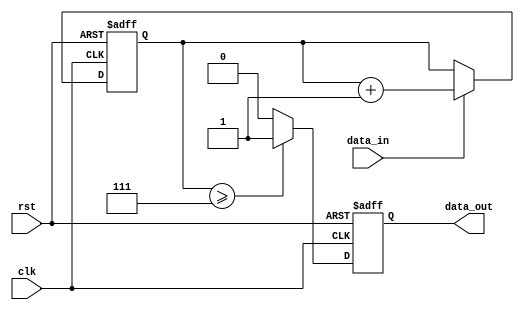
module almost_full_fifo (
    input clk,
    input rst,
    input data_in,
    output data_out
);

parameter THRESHOLD = 7; // Threshold for almost full state
reg [3:0] count = 4'b0; // Counter to keep track of data entries

always @(posedge clk or posedge rst) begin
    if (rst) begin // Reset counter and data_out
        count <= 4'b0;
        data_out <= 1'b0;
    end else begin
        if (count >= THRESHOLD) begin // Almost full state
            data_out <= 1'b1; // Signal to store data
        end else begin
            data_out <= 1'b0; // Signal to not store data
        end
        
        if (data_in) begin
            count <= count + 1; // Increment counter
        end
    end
end

endmodule